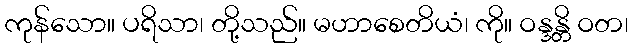
ကုန်သော။ ပရိသာ၊ တို့သည်။ မဟာစေတိယံ၊ ကို။ ဝန္ဒန္တိ ဝတ၊